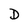
Character: D